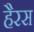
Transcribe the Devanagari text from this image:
हैरस